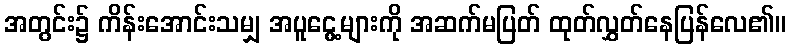
အတွင်း၌ ကိန်းအောင်းသမျှ အပူငွေ့များကို အဆက်မပြတ် ထုတ်လွှတ်နေပြန်လေ၏။